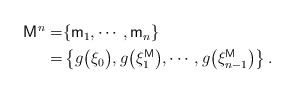
\begin{align*}\begin{aligned}\mathsf{M}^n=&\{\mathsf{m}_1,\cdots,\mathsf{m}_n\}\\=&\left\{g\bigl(\xi_0\bigr),g\bigl(\xi_1^{\mathsf{M}}\bigr),\cdots,g\bigl(\xi_{n-1}^{\mathsf{M}}\bigr)\right\}.\end{aligned}\end{align*}